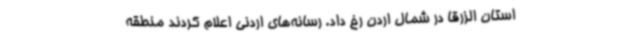
استان الزرقا در شمال اردن رخ داد. رسانه‌های اردنی اعلام کردند منطقه